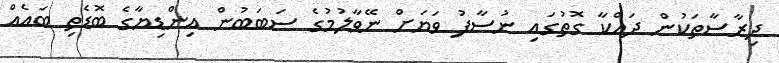
ދިރާސާތަކުން ދައްކާ ގޮތުގައި ނުސާފު ވަޔަށް ނޭވާލުމުގެ ސަބަބުން އިންޑިޔާގެ ބޮޑެތި ބައެއް